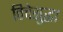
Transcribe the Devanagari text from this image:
तिचेसुद्धा